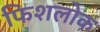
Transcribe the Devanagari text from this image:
फिशलोक